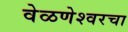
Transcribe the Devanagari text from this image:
वेळणेश्वरचा